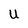
Character: U